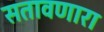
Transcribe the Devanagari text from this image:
सतावणारा